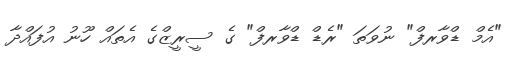
"އެމް ޑްވާރފް" ނުވަތަ "ރެޑް ޑްވާރފް" ގެ ސީރީޒްގެ އެތައް ހޫނު އުފައްދާ